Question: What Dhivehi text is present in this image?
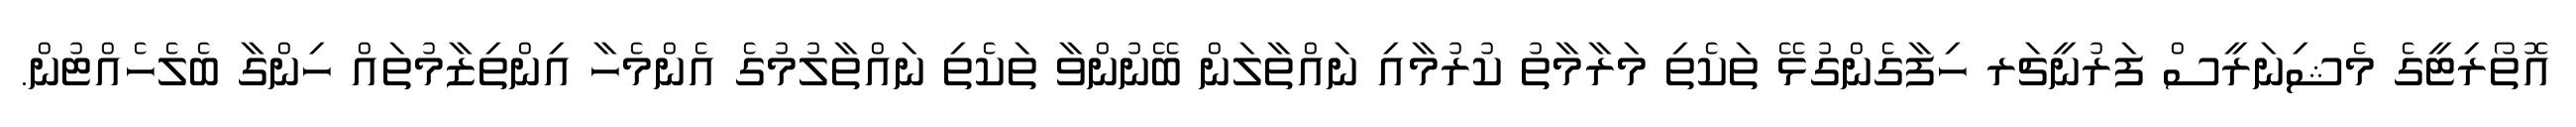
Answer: އޮތޯރިޓީގެ މެޝިނަރީސް ފަރުނީޗަރ ހިފާގެންގުޅޭ ތަކެތި މަރާމާތު ކުރުމާއި ނައްތާލަން ބޭނުންވާ ތަކެތި ނައްތާލުމުގެ އެންމެހާ އިންތިޒާމުތައް ހިންގާ ބެލެހެއްޓުން.